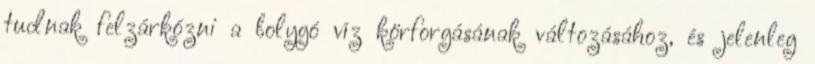
tudnak felzárkózni a bolygó víz körforgásának változásához, és jelenleg